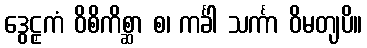
ဒွေဠှကံ ဝိစိကိစ္ဆာ စ၊ ကင်္ခါ သင်္ကာ ဝိမတျပိ။